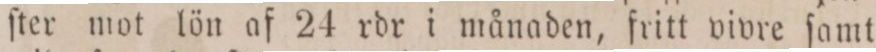
ſter mot lön af 24 rdr i månaden, fritt vivre ſamt